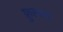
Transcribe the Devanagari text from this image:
फ्रुल्ला